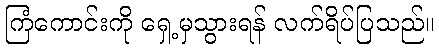
ကြံကောင်းကို ရှေ့မှသွားရန် လက်ရိပ်ပြသည်။